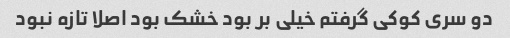
دو سری کوکی گرفتم خیلی بر بود خشک بود اصلا تازه نبود